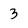
Character: 3